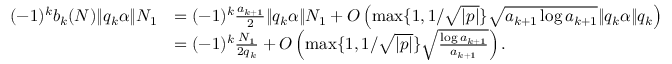
\begin{array} { r l } { ( - 1 ) ^ { k } b _ { k } ( N ) \| q _ { k } \alpha \| N _ { 1 } } & { = ( - 1 ) ^ { k } \frac { a _ { k + 1 } } { 2 } \| q _ { k } \alpha \| N _ { 1 } + O \left( \operatorname* { m a x } \{ 1 , 1 / \sqrt { | p | } \} \sqrt { a _ { k + 1 } \log a _ { k + 1 } } \| q _ { k } \alpha \| q _ { k } \right) } \\ & { = ( - 1 ) ^ { k } \frac { N _ { 1 } } { 2 q _ { k } } + O \left( \operatorname* { m a x } \{ 1 , 1 / \sqrt { | p | } \} \sqrt { \frac { \log a _ { k + 1 } } { a _ { k + 1 } } } \right) . } \end{array}